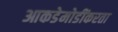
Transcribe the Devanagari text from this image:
आकडेमोडींकरता